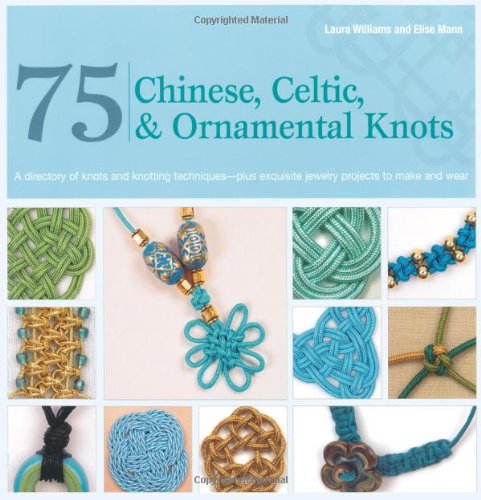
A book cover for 75 Chinese, Celtic & Ornamental Knots: A Directory of Knots and Knotting Techniques Plus Exquisite Jewelry Projects to Make and Wear; Laura Williams; Crafts, Hobbies & Home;